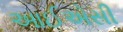
આઈએસી